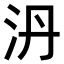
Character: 𣲥